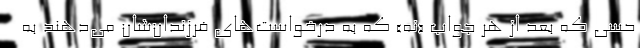
حسی که بعد از هر جواب «نه» که به درخواست‌های فرزندان‌شان می‌دهند به